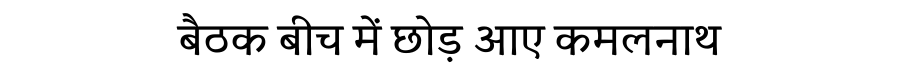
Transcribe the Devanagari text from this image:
बैठक बीच में छोड़ आए कमलनाथ